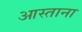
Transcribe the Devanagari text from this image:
आस्ताना